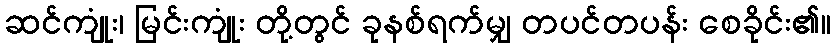
ဆင်ကျုံး၊ မြင်းကျုံး တို့တွင် ခုနစ်ရက်မျှ တပင်တပန်း စေခိုင်း၏။